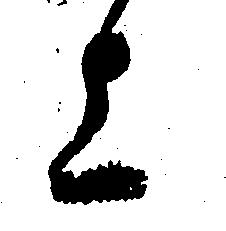
上